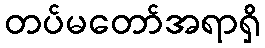
တပ်မတော်အရာရှိ